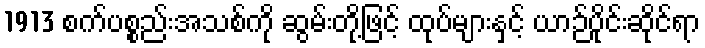
1913 စက်ပစ္စည်းအသစ်ကို ဆွမ်းတို့ဖြင့် ထုပ်များနှင့် ယာဉ်ပိုင်းဆိုင်ရာ